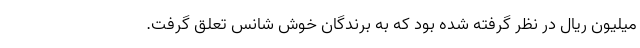
میلیون ریال در نظر گرفته شده بود که به برندگان خوش شانس تعلق گرفت.